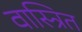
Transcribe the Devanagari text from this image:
वास्त्रित